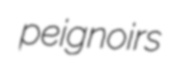
peignoirs